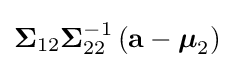
{\boldsymbol {\Sigma }}_{12}{\boldsymbol {\Sigma }}_{22}^{-1}\left(\mathbf {a} -{\boldsymbol {\mu }}_{2}\right)